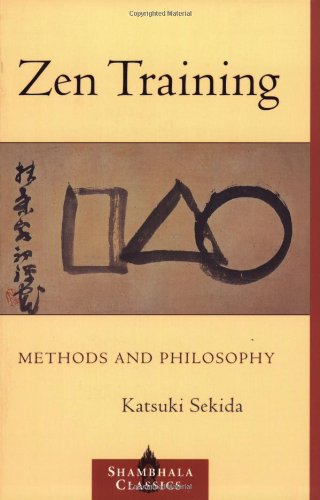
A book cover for Zen Training: Methods and Philosophy (Shambhala Classics); Katsuki Sekida; Religion & Spirituality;